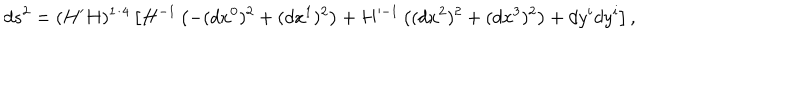
d s ^ { 2 } = ( H ^ { \prime } H ) ^ { 1 / 4 } \left[ H ^ { - 1 } \left( - ( d x ^ { 0 } ) ^ { 2 } + ( d x ^ { 1 } ) ^ { 2 } \right) + H ^ { - 1 } \left( ( d x ^ { 2 } ) ^ { 2 } + ( d x ^ { 3 } ) ^ { 2 } \right) + d y ^ { i } d y ^ { i } \right] ,